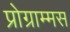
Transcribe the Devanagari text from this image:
प्रोग्राम्मस